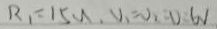
R _ { 1 } = 1 5 N , v _ { 1 } = v _ { 2 } = 0 . 6 V